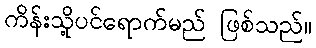
ကိန်းသို့ပင်ရောက်မည် ဖြစ်သည်။